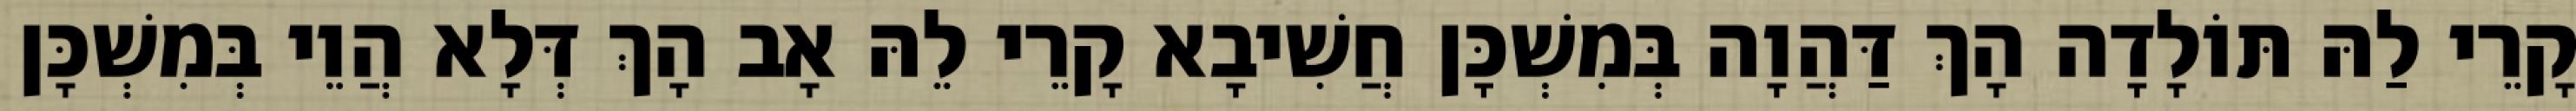
קָרֵי לַהּ תּוֹלָדָה הָךְ דַּהֲוָה בְּמִשְׁכָּן חֲשִׁיבָא קָרֵי לֵהּ אָב הָךְ דְּלָא הֲוֵי בְּמִשְׁכָּן